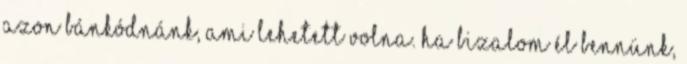
azon bánkódnánk, ami lehetett volna. Ha bizalom él bennünk,